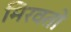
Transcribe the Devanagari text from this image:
मिरवतो